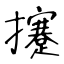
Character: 攓